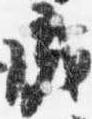
成